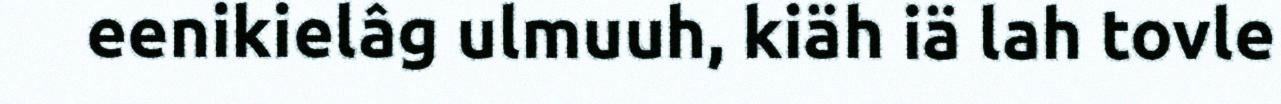
eenikielâg ulmuuh, kiäh iä lah tovle